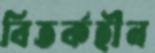
বিতর্কহীন